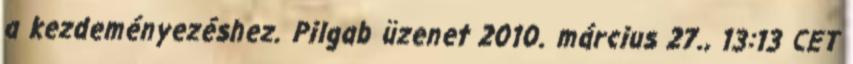
a kezdeményezéshez. Pilgab üzenet 2010. március 27., 13:13 CET